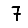
Digit: 7